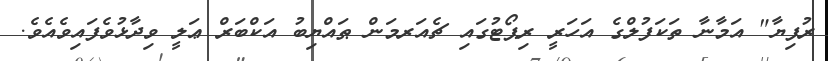
ރުފިޔާ" އަމާނާ ތަކަފުލްގެ އަހަރީ ރިޕޯޓުގައި ޗެއަރމަން ޠައްޔިބު އަކްބަރް ޢަލީ ވިދާޅުވެފައިވެއެވެ.